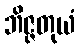
ဘိဇ္ဇတုယံ